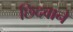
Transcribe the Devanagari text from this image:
छिदवाने